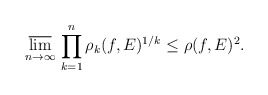
\begin{align*}\varlimsup_{n\to\infty}\,\prod_{k=1}^n \rho_k(f, E)^{1/k} \leq \rho(f, E)^2.\end{align*}